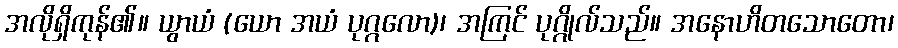
အလိုရှိကုန်၏။ ယွာယံ (ယော အယံ ပုဂ္ဂလော)၊ အကြင် ပုဂ္ဂိုလ်သည်။ အနောဟိတသောတော၊